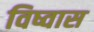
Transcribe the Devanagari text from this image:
विष्वास